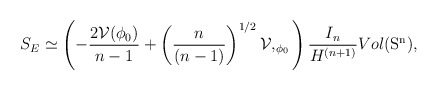
\begin{align*}S_E\simeq \left( -\frac{2{ \cal V}(\phi_0)}{n-1} +\left(\frac{n}{(n-1)}\right)^{1/2}{\cal V},_{\phi_0} \right) \frac{I_n}{H^{(n+1)}}Vol(\rm{S}^n),\end{align*}